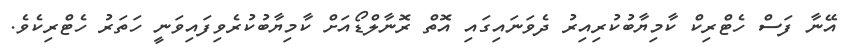
އޭނާ ފަސް ހެޓްރިކް ކާމިޔާބުކުރިއިރު ދެވަނައިގައި އޮތް ރޮނާލްޑޯއަށް ކާމިޔާބުކުރެވިފައިވަނީ ހަތަރު ހެޓްރިކެވެ.